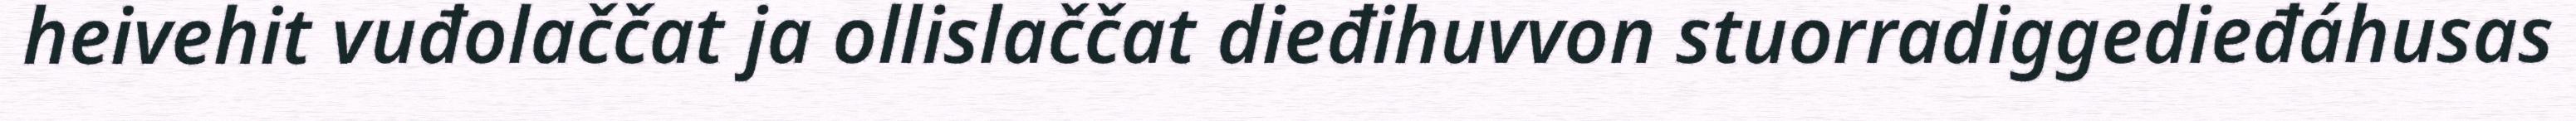
heivehit vuđolaččat ja ollislaččat dieđihuvvon stuorradiggedieđáhusas